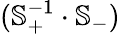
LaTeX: (\mathbb{S}_{+}^{-1}\cdot\mathbb{S}_{-})